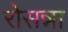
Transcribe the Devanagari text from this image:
रोसन्ना